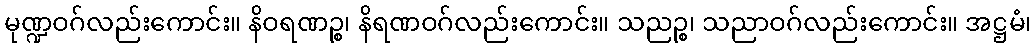
မုဏ္ဍဝဂ်လည်းကောင်း။ နိဝရဏဉ္စ၊ နိရဏဝဂ်လည်းကောင်း။ သညဉ္စ၊ သညာဝဂ်လည်းကောင်း။ အဋ္ဌမံ၊